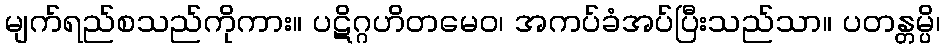
မျက်ရည်စသည်ကိုကား။ ပဋိဂ္ဂဟိတမေဝ၊ အကပ်ခံအပ်ပြီးသည်သာ။ ပတန္တမ္ပိ၊